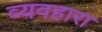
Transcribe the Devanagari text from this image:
व्यवहारा